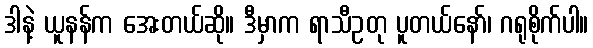
ဒါနဲ့ ယူနန်က အေးတယ်ဆို။ ဒီမှာက ရာသီဥတု ပူတယ်နော်၊ ဂရုစိုက်ပါ။